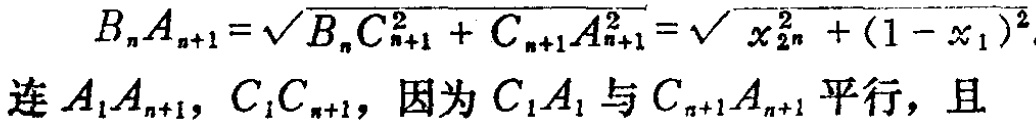
\[
B_{n}A_{n + 1} = \sqrt{B_{n}C_{n + 1}^{2}+C_{n + 1}A_{n + 1}^{2}}=\sqrt{x_{2n}^{2}+(1 - x_{1})^{2}}
\]
连\(A_{1}A_{n + 1}\)，\(C_{1}C_{n + 1}\)，因为\(C_{1}A_{1}\)与\(C_{n + 1}A_{n + 1}\)平行，且